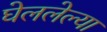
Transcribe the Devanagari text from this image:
घेललेल्या